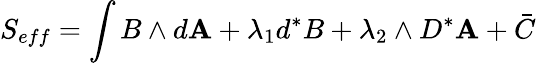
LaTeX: S_{eff}=\int{}B\wedge{}d\mathbf{A}+\lambda_{1}d^{*}B+\lambda_{2}\wedge{}D^{*}\mathbf{A}+\bar{{C}}